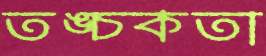
তঙ্চকতা